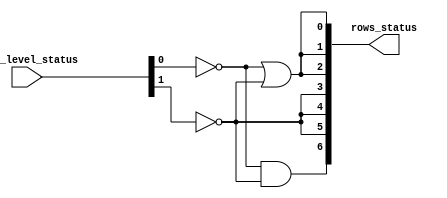
/* Outputs the image of column 1 to water tank level */

module water_tank_level_decoder_column1
(
	input  wire [1:0] tank_level_status,
	output wire [6:0] rows_status
);
	wire [1:0] aux;
	
	not inv0(aux[0], tank_level_status[0]);
	not inv1(aux[1], tank_level_status[1]);
	
	// Row 0
	or  row0_status(rows_status[0], aux[0], aux[1]);
	
	// Row 1
	or  row1_status(rows_status[1], aux[0], aux[1]);
	
	// Row 2
	or  row2_status(rows_status[2], aux[0], aux[1]);
	
	// Row 3
	or  row3_status(rows_status[3], aux[1], aux[1]);
	
	// Row 4
	or  row4_status(rows_status[4], aux[1], aux[1]);
	
	// Row 5
	or  row5_status(rows_status[5], aux[1], aux[1]);
	
	// Row 6
	and row6_status(rows_status[6], aux[0], aux[1]);

endmodule